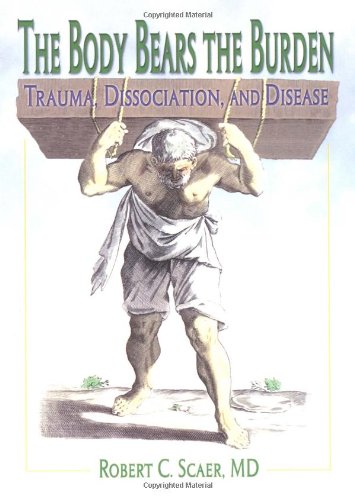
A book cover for The Body Bears the Burden: Trauma, Dissociation, and Disease; Robert C. Scaer; Health, Fitness & Dieting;